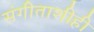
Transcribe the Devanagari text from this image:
संगीताशीही